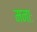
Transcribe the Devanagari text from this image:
मनाः